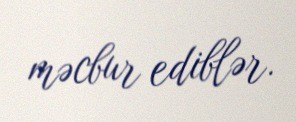
məcbur ediblər.